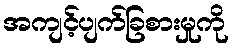
အကျင့်ပျက်ခြစားမှုကို